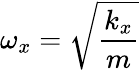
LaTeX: \omega_{x}=\sqrt{\frac{k_{x}}{m}}